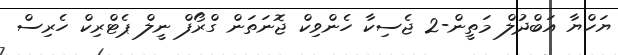
ޔަހްޔާ އަބްދުލް މަތީން-2 ޖެސިކާ ހެންވިކް ޖޮނަތަން ގްރޯފް ނީލް ޕެޓްރިކް ހެރިސް